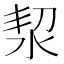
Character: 洯